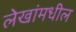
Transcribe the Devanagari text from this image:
लेखांमधील